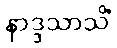
နာဒ္ဒသာသိံ